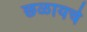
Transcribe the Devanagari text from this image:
छळायचे